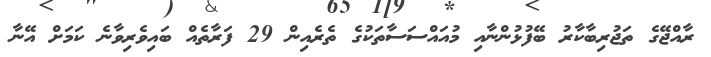
ރާއްޖޭގެ ތަޖުރިބާކާރު ބޭފުޅުންނާއި މުއައްސަސާތަކުގެ ތެރެއިން 29 ފަރާތެއް ބައިވެރިވާނެ ކަމަށް އޭނާ